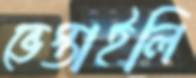
ভেস্তাইলি